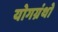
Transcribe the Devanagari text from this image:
योगग्रंथो